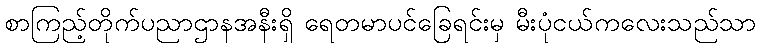
စာကြည့်တိုက်ပညာဌာနအနီးရှိ ရေတမာပင်ခြေရင်းမှ မီးပုံငယ်ကလေးသည်သာ